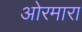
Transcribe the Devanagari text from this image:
ओरमारा